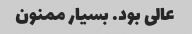
عالی بود. بسیار ممنون